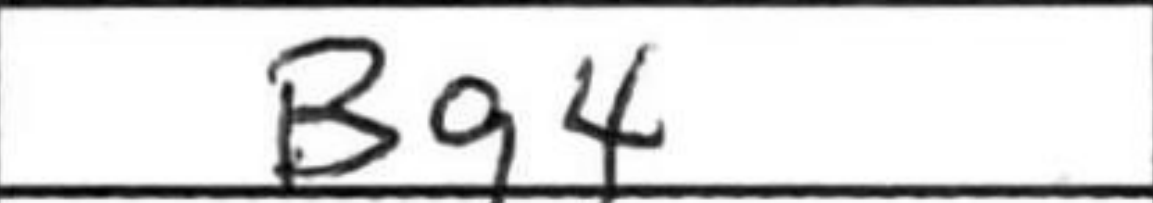
Transcription: Bg4